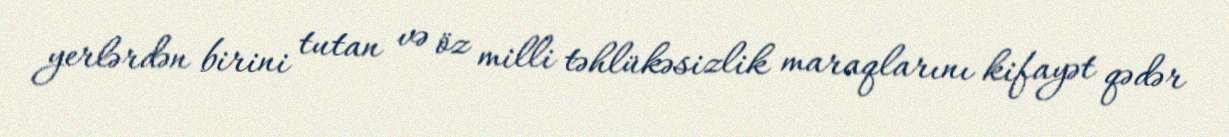
yerlərdən birini tutan və öz milli təhlükəsizlik maraqlarını kifayət qədər